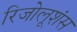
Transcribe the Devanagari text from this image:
रिजोलूशंस